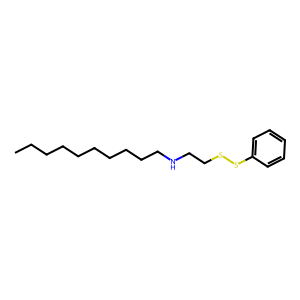
SMILES: CCCCCCCCCCNCCSSc1ccccc1
Inhibits HIV replication: No